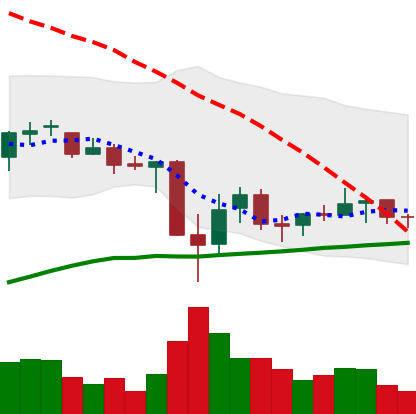
Ticker: BNB-USD
Chart end date: 2021-07-02
Forward return: 13.951%
Label: up_7plus